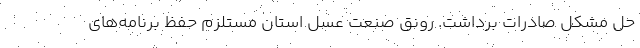
حل مشکل صادرات برداشت. رونق صنعت عسل استان مستلزم حفظ برنامه‌های